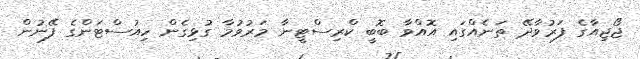
ޖޯޖިއާގެ ފަރުވާދޭ ތަނެއްގައި އޮއްވާ ބޮބީ ކްރިސްޓީނާ މަރުވުމާ ގުޅިގެން ހިއުސްޓަންގެ ފޭނުން